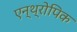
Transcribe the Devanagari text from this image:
एन्थ्रोपिक